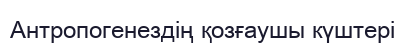
Антропогенездің қозғаушы күштері